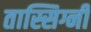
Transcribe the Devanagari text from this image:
तास्सिग्नी